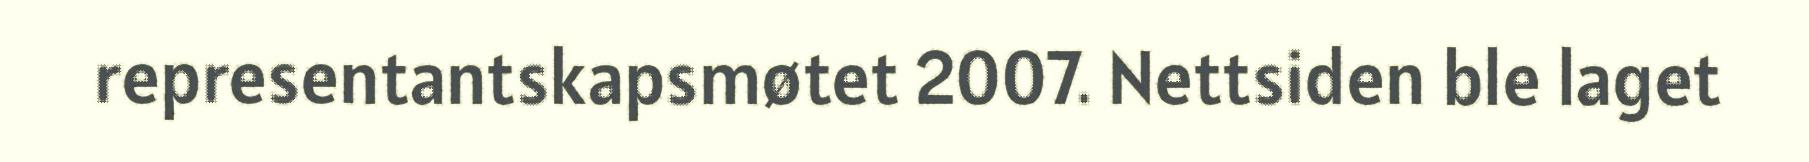
representantskapsmøtet 2007. Nettsiden ble laget